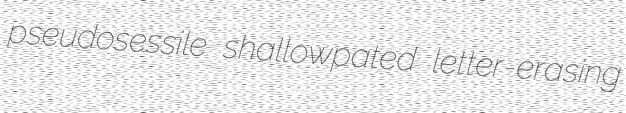
pseudosessile shallowpated letter-erasing